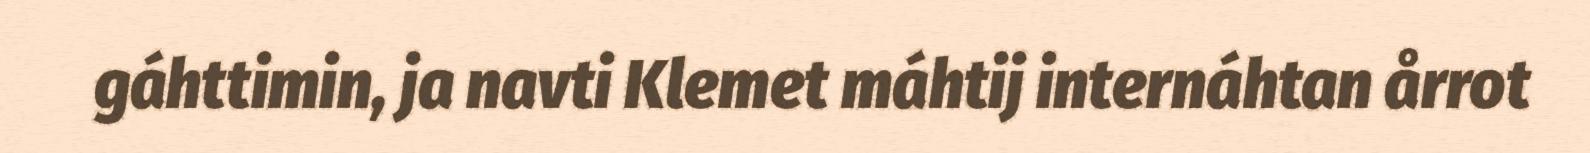
gáhttimin, ja navti Klemet máhtij internáhtan årrot